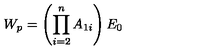
W _ { p } = \left( \prod _ { i = 2 } ^ { n } A _ { 1 i } \right) E _ { 0 }